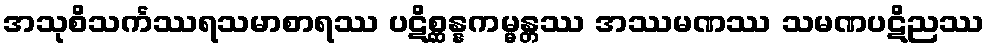
အသုစိသင်္ကဿရသမာစာရဿ ပဋိစ္ဆန္နကမ္မန္တဿ အဿမဏဿ သမဏပဋိညဿ